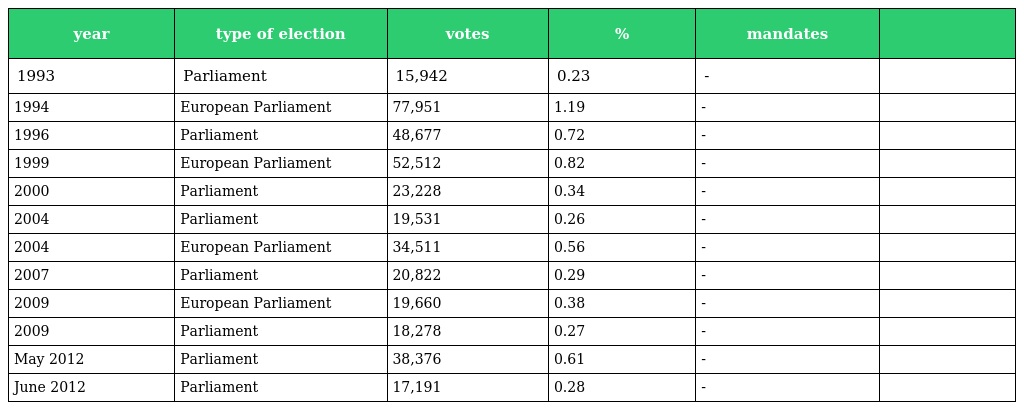
| year | type of election | votes | % | mandates |  |
 | --- | --- | --- | --- | --- | --- |
 | 1993 | Parliament | 15,942 | 0.23 | - |  |
 | 1994 | European Parliament | 77,951 | 1.19 | - |  |
 | 1996 | Parliament | 48,677 | 0.72 | - |  |
 | 1999 | European Parliament | 52,512 | 0.82 | - |  |
 | 2000 | Parliament | 23,228 | 0.34 | - |  |
 | 2004 | Parliament | 19,531 | 0.26 | - |  |
 | 2004 | European Parliament | 34,511 | 0.56 | - |  |
 | 2007 | Parliament | 20,822 | 0.29 | - |  |
 | 2009 | European Parliament | 19,660 | 0.38 | - |  |
 | 2009 | Parliament | 18,278 | 0.27 | - |  |
 | May 2012 | Parliament | 38,376 | 0.61 | - |  |
 | June 2012 | Parliament | 17,191 | 0.28 | - |  |